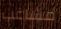
مشاغب